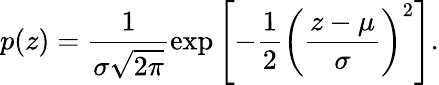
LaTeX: p(z)=\frac{1}{\sigma\sqrt{2\pi}}\exp\left[-\frac{1}{2}\left(\frac{z-\mu}{\sigma}\right)^{2}\right].